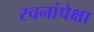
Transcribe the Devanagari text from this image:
रचनांपेक्षा